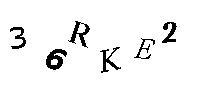
36RKE2